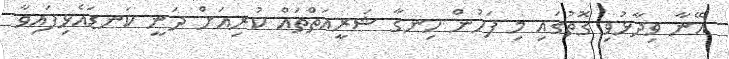
އޭނާ ވިދާޅުވި ގޮތުގައި މި ފަހުން ހިނގާ ޝަރީއަތްތައް ކުރިއަށް ދަނީ ކަނޑައެޅިފައިވާ